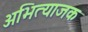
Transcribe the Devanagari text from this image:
अभित्याजक